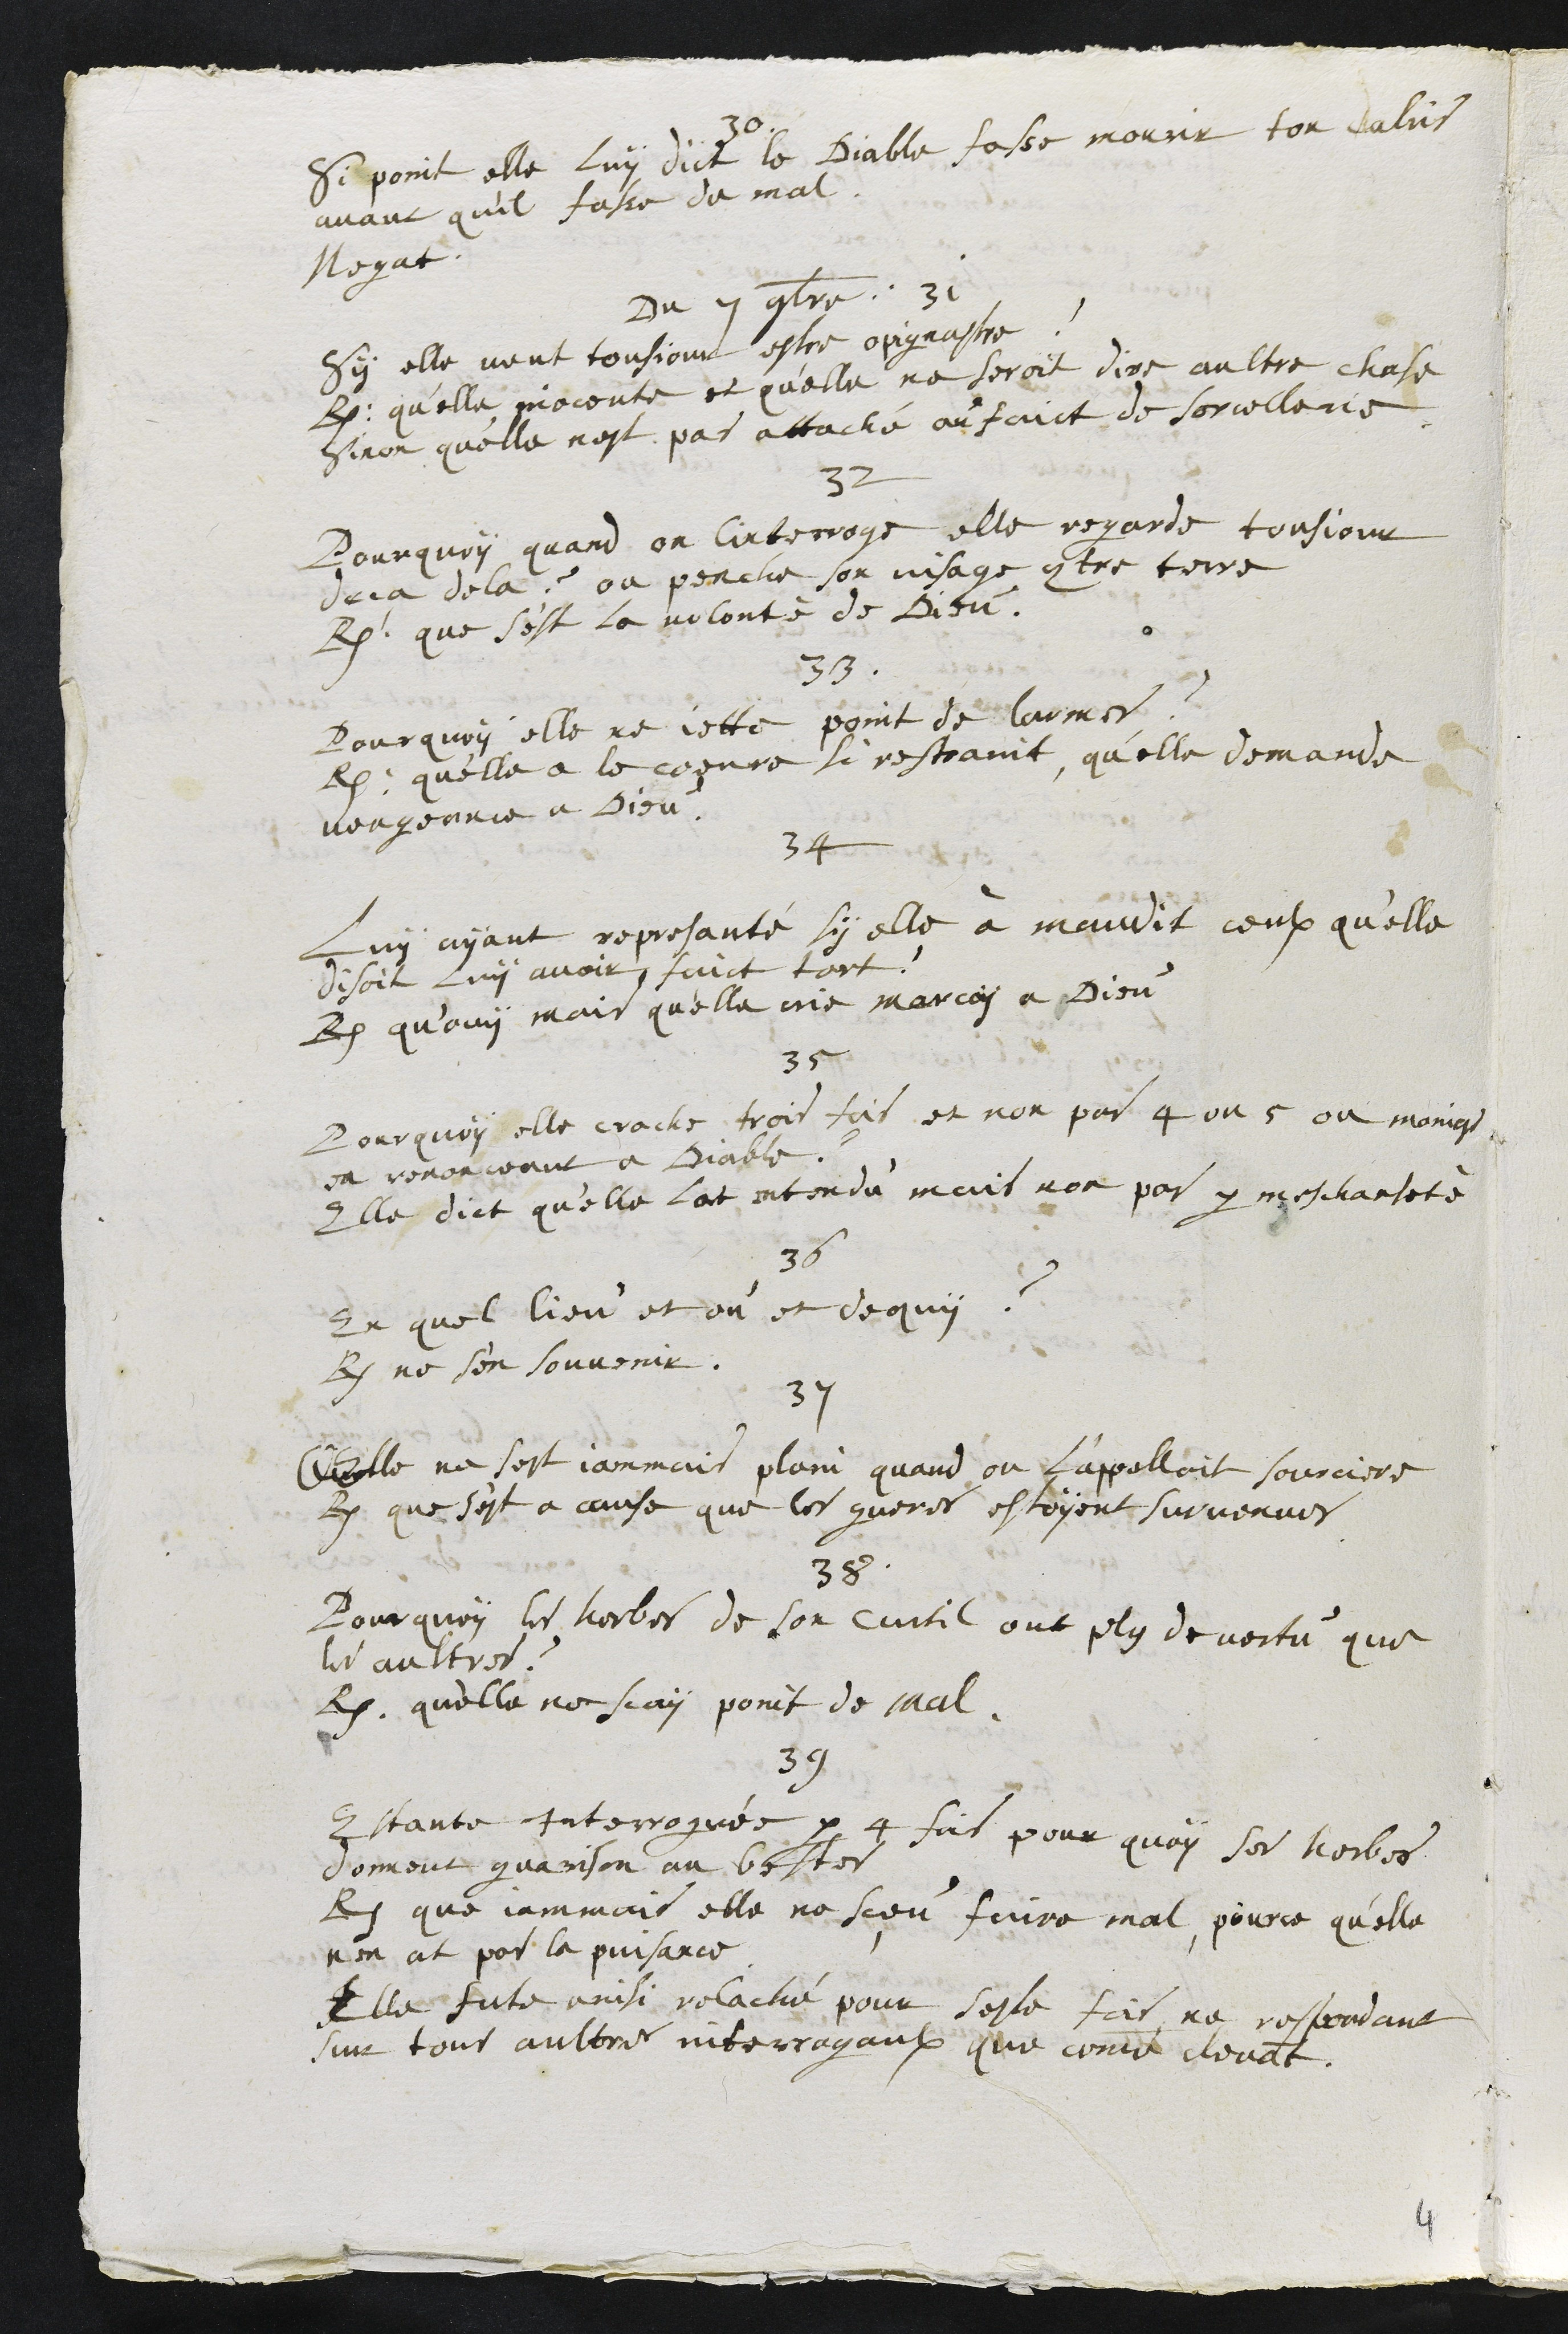
30
Si point elle luy dict le diable fasse mourir ton talus
avant quil fasse du mal
Negat
Du 7 9bre. 31
Sy elle veut tousjours estre opignastre ?
R. qu'elle inocente et qu'elle ne seroit dire aultre chose
Sinon qu’elle nest pas attaché au faict de sorcellerie
32
Pourquoy quand on linterroge elle regarde tousjour
deça de la ? ou penche son visage contre terre
R. que s'est la volonté de Dieu.
33.
Pourquoy elle ne jette point de larmes ?
R. qu'elle a le coeure si restraint qu'elle demande
vengeance à Dieu.
34
Luy ayant represanté sy elle à maudit ceulx qu'elle
disoit luy avoit faict tort ?
R. qu'ouy mais qu'elle crie mercy a Dieu
35
Pourquoy elle crache trois fois et non par 4 ou 5 ou moings
en renonceant a Diable ?
Elle dict qu'elle lat entendu mais non pas par meschanseté
36.
En quel lieu et où et de qui ?
R. ne s'en souvenir.
37
Quelle ne sest jammais plain quand ou l’appelloit sourciere
R. que s'est a cause que les gueres estoyent survenues
38
Pourquoy les herbes de son curtil ont plus de vertu que
les aultres ?
R. qu'elle ne scay point de mal.
39
Estante Interroguée par 4 fois pour quoy ses herbes
donnent guarison au bestes
R. que jammais elle ne sçeu faire mal, pource qu'elle
nen at pas la puissance
Elle fute ainsi relaché pour seste fois ne respondant
sur tout aultres interrogaulx que comme devant.
4